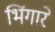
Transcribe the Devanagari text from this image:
भिंगारे